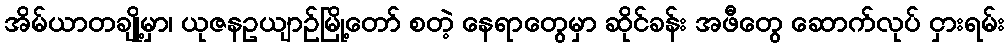
အိမ်ယာတချို့မှာ၊ ယုဇနဥယျာဉ်မြို့တော် စတဲ့ နေရာတွေမှာ ဆိုင်ခန်း အဖီတွေ ဆောက်လုပ် ငှားရမ်း